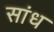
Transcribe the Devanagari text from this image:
सांध